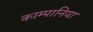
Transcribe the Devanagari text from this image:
काम्पानिया